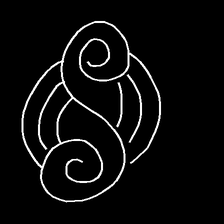
Glyph: wind-underfoot